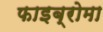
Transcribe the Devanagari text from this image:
फाइब्रोमा